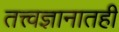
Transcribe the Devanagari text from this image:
तत्त्वज्ञानातही